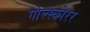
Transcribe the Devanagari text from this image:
गोल्स्कोरर